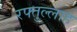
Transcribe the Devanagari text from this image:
रफ्तुल्लाह